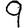
Digit: 9